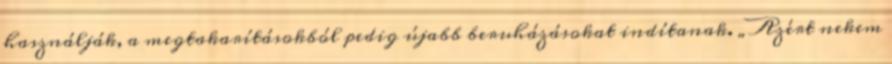
használják, a megtakarításokból pedig újabb beruházásokat indítanak. „Azért nekem